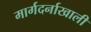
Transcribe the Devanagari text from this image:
मार्गदर्नाखाली